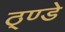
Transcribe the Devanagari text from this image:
ठ्ण्डे